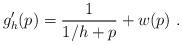
LaTeX: \begin{align*}g_h'(p) = \frac{1}{1/h+p} + w(p)\ .\end{align*}